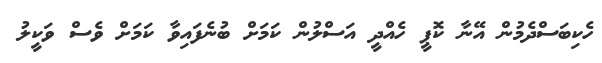
ހެކިބަސްދެމުން އޭނާ ކޮޕީ ހެއްދީ އަސްލުން ކަމަށް ބުނެފައިވާ ކަމަށް ވެސް ވަކީލު